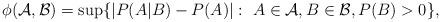
LaTeX: \begin{align*}\phi(\mathcal{A},\mathcal{B})= \sup\{|P(A|B)-P(A)|:~ A\in \mathcal{A}, B\in \mathcal{B}, P(B)>0\},\end{align*}